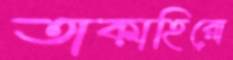
তাকাহিরো